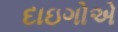
દાઇગોએ